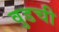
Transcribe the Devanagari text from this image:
वुडची